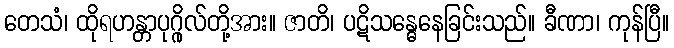
တေသံ၊ ထိုရဟန္တာပုဂ္ဂိုလ်တို့အား။ ဇာတိ၊ ပဋိသန္ဓေနေခြင်းသည်။ ခီဏာ၊ ကုန်ပြီ။